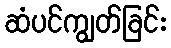
ဆံပင်ကျွတ်ခြင်း